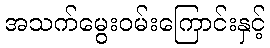
အသက်မွေးဝမ်းကြောင်းနှင့်